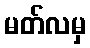
မတ်လမှ